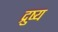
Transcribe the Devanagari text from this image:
द्रुष्य